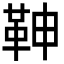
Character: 𩉼